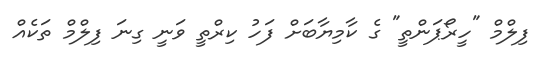
ފިލްމް "ހީރޯޕަންތީ" ގެ ކާމިޔާބަށް ފަހު ކިރްތީ ވަނީ ގިނަ ފިލްމް ތަކެއް